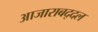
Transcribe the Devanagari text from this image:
आजाराबद्दल